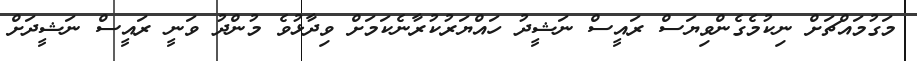
މަގުމައްޗަށް ނިކުމެގެންވިޔަސް ރައީސް ނަޝީދު ހައްޔަރުކުރާނެކަމަށް ވިދާޅުވެ މުންދު ވަނީ ރައީސް ނަޝީދަށް